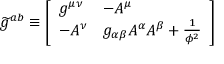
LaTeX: { \widetilde { g } } ^ { a b } \equiv { \left[ \begin{array} { l l } { g ^ { \mu \nu } } & { - A ^ { \mu } } \\ { - A ^ { \nu } } & { g _ { \alpha \beta } A ^ { \alpha } A ^ { \beta } + { \frac { 1 } { \phi ^ { 2 } } } } \end{array} \right] }